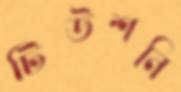
টিউশনি